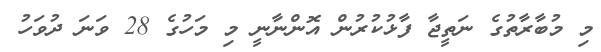
މި މުބާރާތުގެ ނަތީޖާ ފާޅުކުރުން އޮންނާނީ މި މަހުގެ 28 ވަނަ ދުވަހު